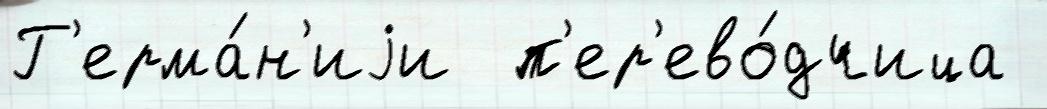
Г'ерма́н'иjи  п'ер'ево́дчица